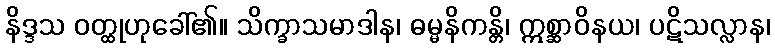
နိဒ္ဒသ ဝတ္ထုဟုခေါ်၏။ သိက္ခာသမာဒါန၊ ဓမ္မနိကန္တိ၊ ဣစ္ဆာဝိနယ၊ ပဋိသလ္လာန၊